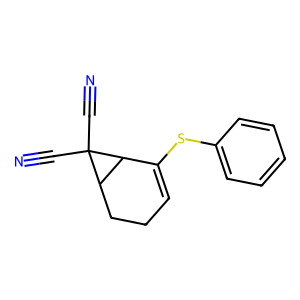
SMILES: N#CC1(C#N)C2CCC=C(Sc3ccccc3)C21
Inhibits HIV replication: No